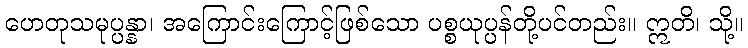
ဟေတုသမုပ္ပန္နာ၊ အကြောင်းကြောင့်ဖြစ်သော ပစ္စယုပ္ပန်တို့ပင်တည်း။ ဣတိ၊ သို့။